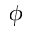
\phi